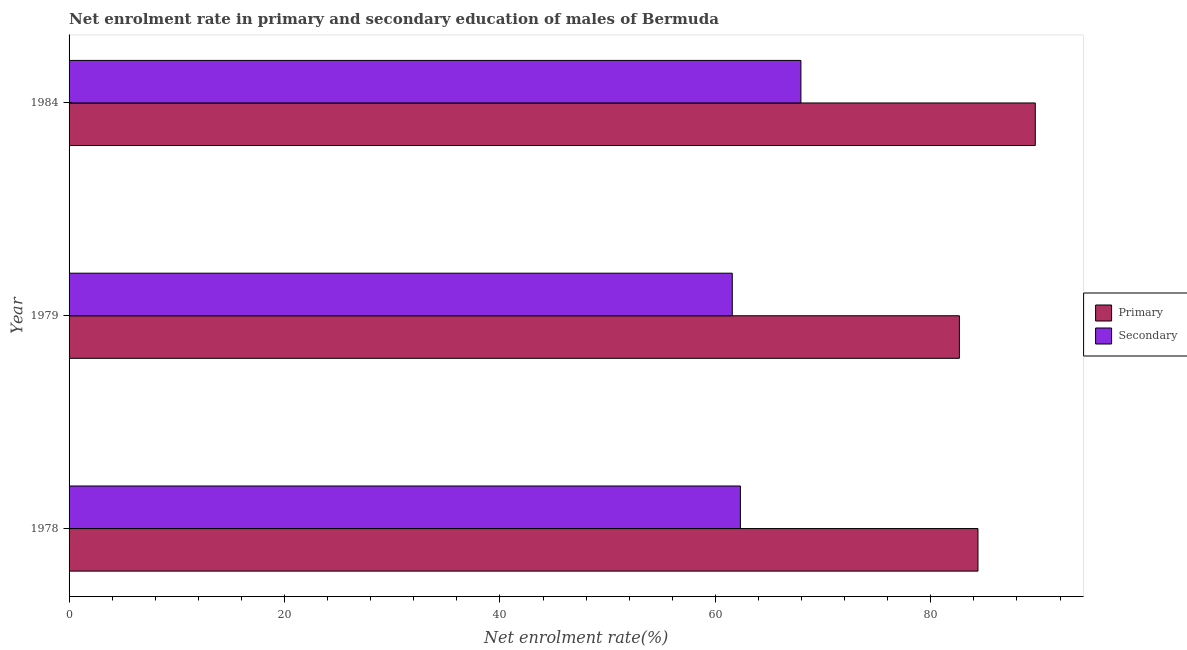
| Year | Primary | Secondary |
 | --- | --- | --- |
 | 1978 | 84.4 | 62.3 |
 | 1979 | 82.7 | 61.6 |
 | 1984 | 89.7 | 67.9 |